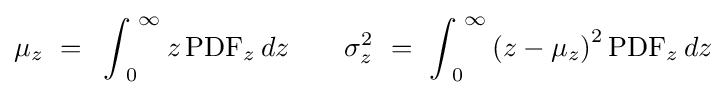
\mu _{z}\,\,=\,\,\,\int _{\,\,0}^{\,\,\infty }{z\,{\rm {PDF}}_{z}}\,dz\,\,\,\,\,\,\,\,\,\,\,\,\sigma _{z}^{2}\,\,=\,\,\int _{\,\,0}^{\,\,\infty }{\left({z-\mu _{z}}\right)^{2}\,}{\rm {PDF}}_{z}\,dz